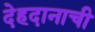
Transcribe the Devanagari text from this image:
देहदानाची